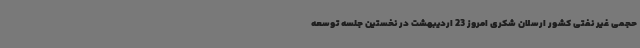
حجمی غیر نفتی کشور ارسلان شکری امروز 23 اردیبهشت در نخستین جلسه توسعه